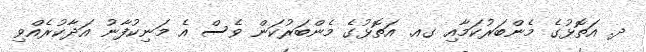
ދ. އަތޮޅުގެ މެންބަރުކަމާއި ގއ. އަތޮޅުގެ މެންބަރުކަން ވެސް އެ މަނިކުފާނު އަދާކުރެއްވި